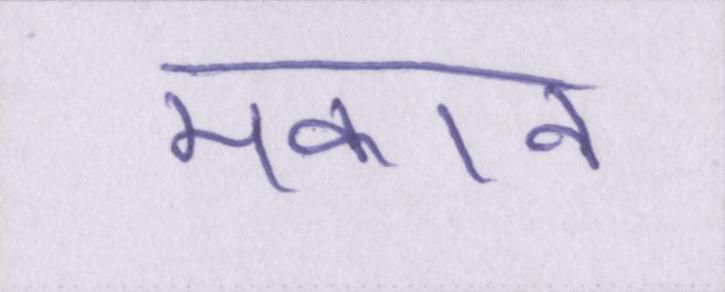
मकान